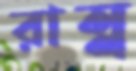
রান্ন